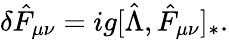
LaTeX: \delta\hat{F}_{\mu\nu}=ig[\hat{\Lambda},\hat{F}_{\mu\nu}]_{*}.